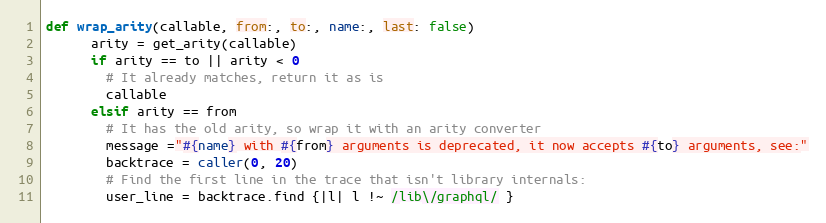
Language: Ruby
def wrap_arity(callable, from:, to:, name:, last: false)
      arity = get_arity(callable)
      if arity == to || arity < 0
        # It already matches, return it as is
        callable
      elsif arity == from
        # It has the old arity, so wrap it with an arity converter
        message ="#{name} with #{from} arguments is deprecated, it now accepts #{to} arguments, see:"
        backtrace = caller(0, 20)
        # Find the first line in the trace that isn't library internals:
        user_line = backtrace.find {|l| l !~ /lib\/graphql/ }